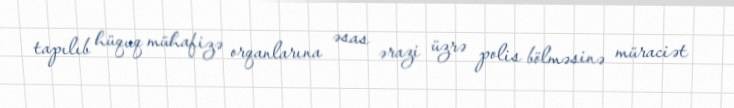
tapılıb hüquq mühafizə orqanlarına əsas ərazi üzrə polis bölməsinə müraciət